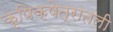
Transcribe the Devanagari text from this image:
कृषिक्षेत्रातली